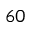
^ { 6 0 }